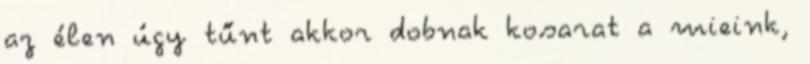
az élen úgy tűnt akkor dobnak kosarat a mieink,